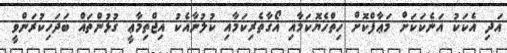
އަދި އެކަކު އަނެކަކަށް މަޢާފްކޮށް ހިތްހެޔޮކަމާއި އޯގާތެރިކަމާއި ކުލުނާއެކު އިޖްތިމާޢީ ގުޅުންތައް ބަދަހިކުރަންވީ